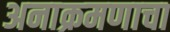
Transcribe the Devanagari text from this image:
अनाक्रमणाचा